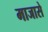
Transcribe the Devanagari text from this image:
माजासे